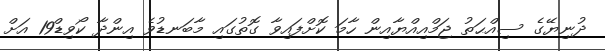
ދުނިޔޭގެ ސިއްޙަތު ޖަމްއިއްޔާއިން ހާމަ ކޮށްފައިވާ ގޮތުގައި މާބަނޑުވެ އިންދާ ކޯވިޑް19 އަށް